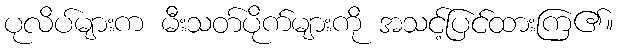
ပုလိပ်များက မီးသတ်ပိုက်များကို အသင့်ပြင်ထားကြ၏။